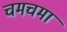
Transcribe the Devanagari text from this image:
चमचमा